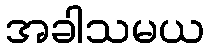
အခါသမယ